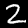
Label: 2